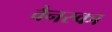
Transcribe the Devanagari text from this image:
वैनस्का